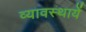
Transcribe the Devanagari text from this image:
व्यावस्थायें